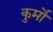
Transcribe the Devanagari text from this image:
कुर्मो